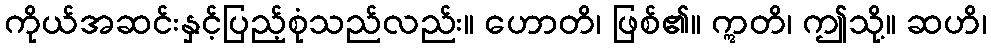
ကိုယ်အဆင်းနှင့်ပြည့်စုံသည်လည်း။ ဟောတိ၊ ဖြစ်၏။ ဣတိ၊ ဤသို့။ ဆဟိ၊